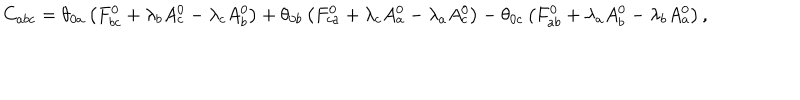
C _ { a b c } = \theta _ { 0 a } \left( F _ { b c } ^ { 0 } + \lambda _ { b } A _ { c } ^ { 0 } - \lambda _ { c } A _ { b } ^ { 0 } \right) + \theta _ { 0 b } \left( F _ { c a } ^ { 0 } + \lambda _ { c } A _ { a } ^ { 0 } - \lambda _ { a } A _ { c } ^ { 0 } \right) - \theta _ { 0 c } \left( F _ { a b } ^ { 0 } + \lambda _ { a } A _ { b } ^ { 0 } - \lambda _ { b } A _ { a } ^ { 0 } \right) ,